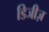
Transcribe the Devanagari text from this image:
डिजीज़